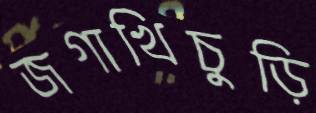
জগাখিচুড়ি